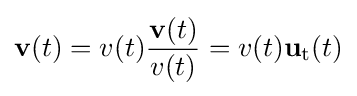
\mathbf {v} (t)=v(t){\frac {\mathbf {v} (t)}{v(t)}}=v(t)\mathbf {u} _{\mathrm {t} }(t)